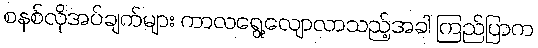
စနစ်လိုအပ်ချက်များ ကာလရွေ့လျောလာသည့်အခါ ကြည်ပြာက